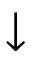
\downarrow